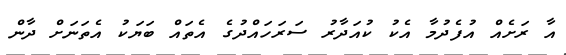
އާ ރަށެއް އުފެދުމާ އެކު ކުއަދާރު ސަރަހައްދުގެ އެތައް ބަޔަކު އެތަނަށް ދާން